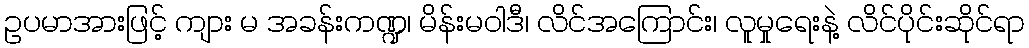
ဥပမာအားဖြင့် ကျား မ အခန်းကဏ္ဍ၊ မိန်းမဝါဒီ၊ လိင်အကြောင်း၊ လူမှုရေးနဲ့ လိင်ပိုင်းဆိုင်ရာ